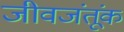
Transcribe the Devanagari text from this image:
जीवजंतूंक